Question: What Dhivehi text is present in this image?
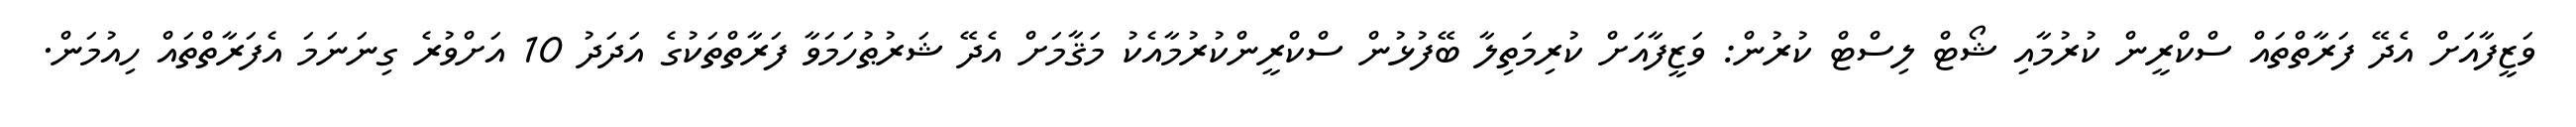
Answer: ވަޒީފާއަށް އެދޭ ފަރާތްތައް ސްކްރީން ކުރުމާއި ޝޯޓް ލިސްޓް ކުރުން: ވަޒީފާއަށް ކުރިމަތިލާ ބޭފުޅުން ސްކްރީންކުރުމާއެކު މަޤާމަށް އެދޭ ޝަރުޠުހަމަވާ ފަރާތްތަކުގެ އަދަދު 10 އަށްވުރެ ގިނަނަމަ އެފަރާތްތައް ހިއުމަން.